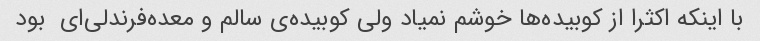
با اینکه اکثرا از کوبیده‌ها خوشم نمیاد ولی کوبیده‌ی سالم و معده‌فرندلی‌ای  بود